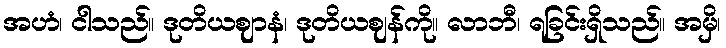
အဟံ၊ ငါသည်။ ဒုတိယဈာနံ၊ ဒုတိယဈန်ကို။ လာဘီ၊ ရခြင်းရှိသည်။ အမှိ၊